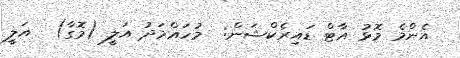
އެންމެ މޮޅު އާޓް ޑައިރެކްޝަން:  މުހައްމަދު އަލީ (މޮގާ)  އަލީ